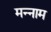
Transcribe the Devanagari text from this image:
मन्नाम